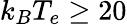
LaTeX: k_{B}T_{e}\ge 20